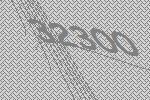
32300